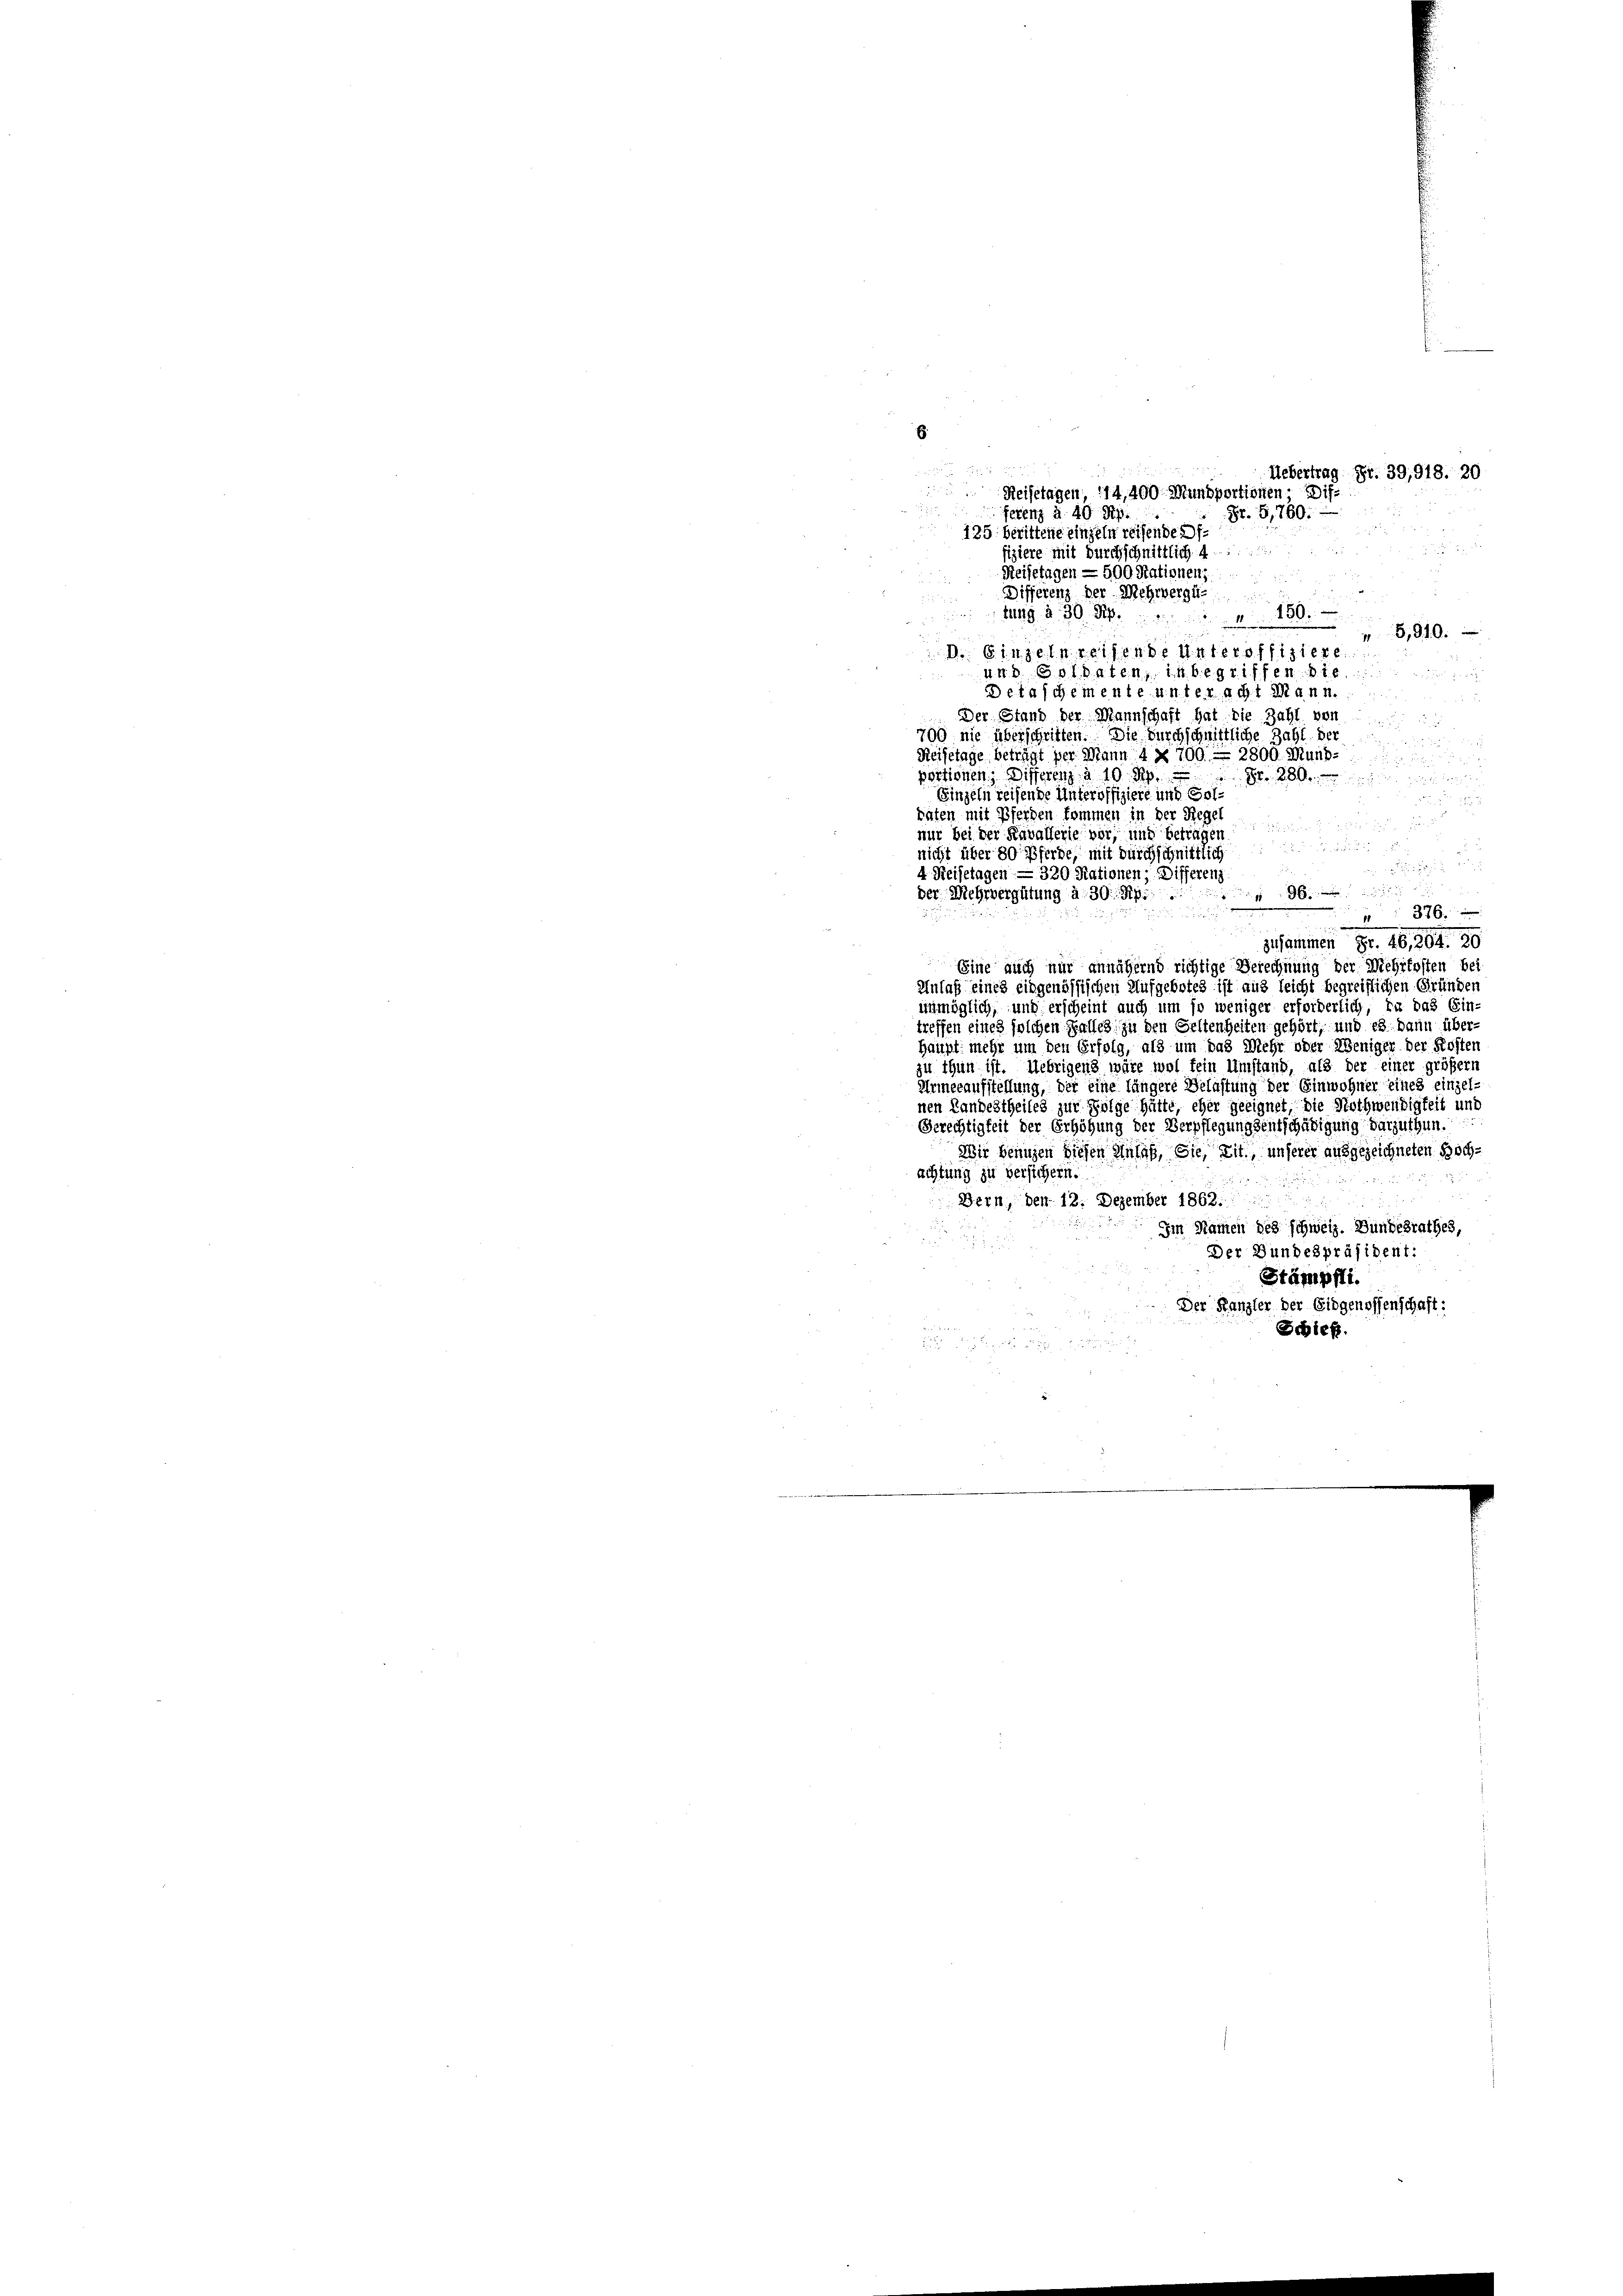
E

Uebertrag Fr. 39,918. 20
Reisetagen, 114, 400 Mundportionen Dif¬
St. G,760.
fetenz à. 40 Rp.
u
 135 berittene einzeln reisenden f.
2
fiziere mit durchschnittlich 4
Reisetagen — 500 Nationenz
u
Differenz der Mehrvergü
150.
tung à 30 Rp.
.
n
8,910.
d. Einzeln reisende Unteroffizier
und. Goldaten, 14 begriffen.
Detaschemente unteracht Mann.

Der Stand der Mannschaft hat die Zahl vor

700 nie überschritten. Die durchschnittliche Zahl der

Reisetage beträgt per Mann 4 § 709. - 2800. Mund.
portionen, Differenz à 10 Rp.
 e
Einzeln reisende Unteroffiziere und Gol¬

täten mit Pferden kommen in der Rege

nur bei der Kavallerie vor, und betragen

nicht über 80 Pferde, mit durchschnittlich

a
4 Reisetagen — 320 Rationen; Differenz

gige
der Mehrvergütung a. 30 Rp.
e
376.
ude dem
e

zusammen Fr. 46, 264. 80
Eine auch nur annähernd richtige Berechnung der Mehrkosten bei
Anlaß eines eidgenössischen Aufgebotes ist aus leicht begreiflichen Gründen
unmöglich, und erscheint auch um so weniger erforderlich, da das Ein-
treffen eines solchen Falles zu den Geltenheiten gehört, und es dann über-
Haupt mehr um den Erfolg, als um das Mehr oder Weniger der Kosten
zu thun ist. Uebrigens wäre wol fein Umstand, als der einer größere
Armeeaufstellung, der eine längere Gelastung der Einwohner eines einzel-
nen Landestheiles zur Folge hätte, eher geeignet, die Nothwendigkeit und
Berechtigkeit der Erhöhung der Verpflegungsentschädigung darzuthun.
Wir benuzen diesen Males, Sie, mit, unserer ausgezeichneten Hochachtung zu versichern.
Bern, den 12. Dezember 1863.
Im Namen des schweiz. Bundesrathes,
Der Bundespräsident:
Stämpfli.
Der Kanzler der Eidgenossenschaft:
Schieß.